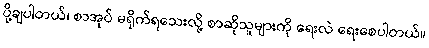
ပို့ချပါတယ်၊ စာအုပ် မရိုက်ရသေးလို့ စာဆိုသူများကို ရေးလဲ ရေးစေပါတယ်။